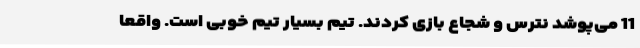
11 می‌پوشد نترس و شجاع بازی کردند. تیم بسیار تیم خوبی است. واقعا